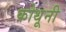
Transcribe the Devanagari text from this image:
कोथूनी